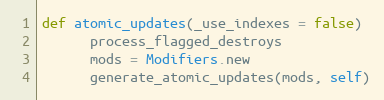
Language: Ruby
def atomic_updates(_use_indexes = false)
      process_flagged_destroys
      mods = Modifiers.new
      generate_atomic_updates(mods, self)